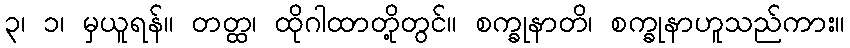
၃၊ ၁၊ မှယူရန်။ တတ္ထ၊ ထိုဂါထာတို့တွင်။ စက္ခုနာတိ၊ စက္ခုနာဟူသည်ကား။